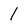
Character: 1